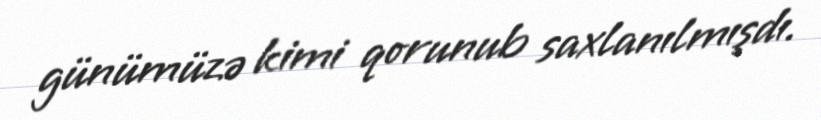
günümüzə kimi qorunub saxlanılmışdı.